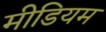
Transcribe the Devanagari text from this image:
मीडियम